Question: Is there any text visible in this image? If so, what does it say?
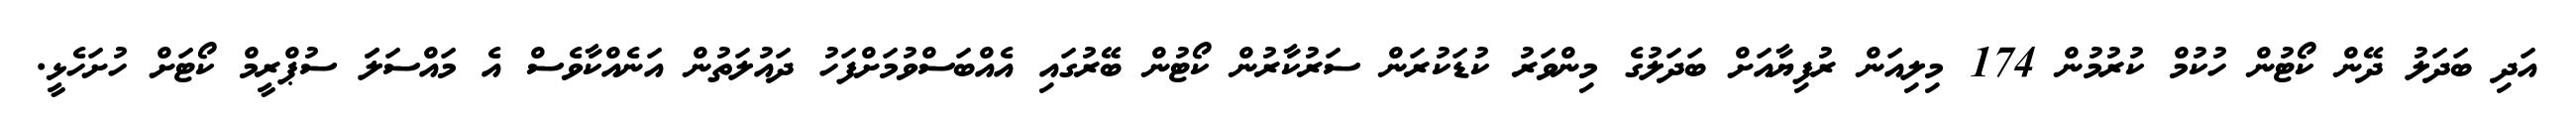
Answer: އަދި ބަދަލު ދޭން ކޯޓުން ހުކުމް ކުރުމުން 174 މިލިއަން ރުފިޔާއަށް ބަދަލުގެ މިންވަރު ކުޑަކުރަން ސަރުކާރުން ކޯޓުން ބޭރުގައި އެއްބަސްވުމަށްފަހު ދައުލަތުން އަނެއްކާވެސް އެ މައްސަލަަ ސުޕްރީމް ކޯޓަށް ހުށަހެޅީ.